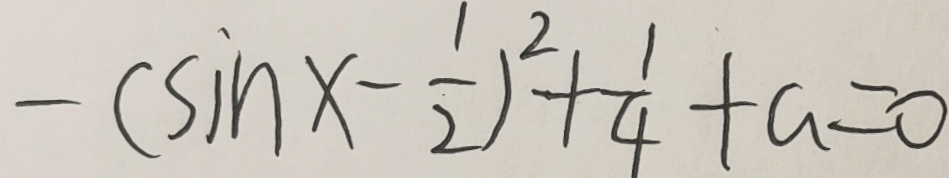
- ( \sin x - \frac { 1 } { 2 } ) ^ { 2 } + \frac { 1 } { 4 } + a = 0